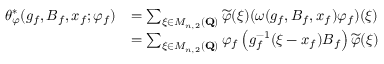
\begin{array} { r l } { \theta _ { \varphi } ^ { * } ( g _ { f } , B _ { f } , x _ { f } ; \varphi _ { f } ) } & { = \sum _ { \xi \in M _ { n , 2 } ( \mathbf { Q } ) } \widetilde { \varphi } ( \xi ) ( \omega ( g _ { f } , B _ { f } , x _ { f } ) \varphi _ { f } ) ( \xi ) } \\ & { = \sum _ { \xi \in M _ { n , 2 } ( \mathbf { Q } ) } \varphi _ { f } \left( g _ { f } ^ { - 1 } ( \xi - x _ { f } ) B _ { f } \right) \widetilde { \varphi } ( \xi ) } \end{array}